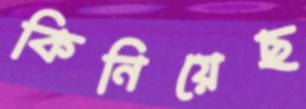
কিনিয়েছ